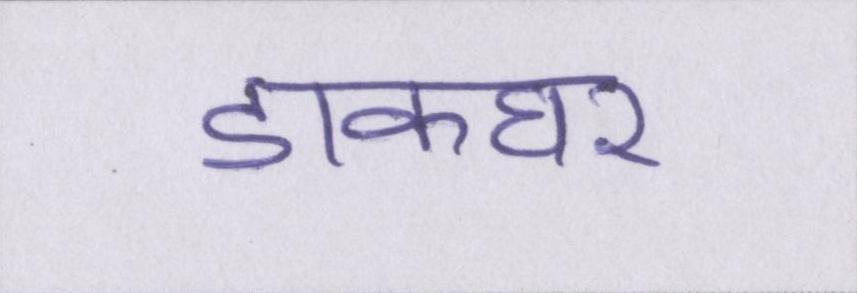
डाकघर